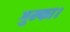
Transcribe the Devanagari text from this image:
गुम्फा।